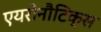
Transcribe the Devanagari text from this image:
एयरोनौटिक्स